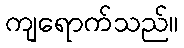
ကျရောက်သည်။